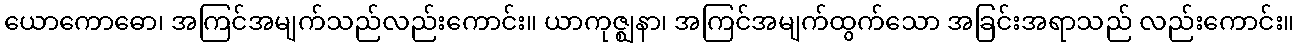
ယောကောဓော၊ အကြင်အမျက်သည်လည်းကောင်း။ ယာကုဇ္ဈနာ၊ အကြင်အမျက်ထွက်သော အခြင်းအရာသည် လည်းကောင်း။